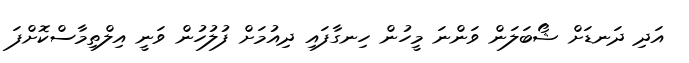
އަދި ދަނޑަށް ޝޯބަލަން ވަންނަ މީހުން ހިނގާފައި ދިއުމަށް ފުލުހުން ވަނީ އިލްތިމާސްކޮށްފަ